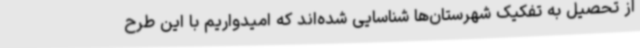
از تحصیل به تفکیک شهرستان‌ها شناسایی شده‌اند که امیدواریم با این طرح